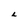
Character: L